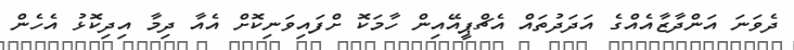
ދެވަނަ އަންދާޒާއެއްގެ އަދަދުތައް އެޗްޕީއޭއިން ހާމަކޮ ށްފައިވަނިކޮށް އެއާ ދިމާ އިދިކޮޅު އެހެން